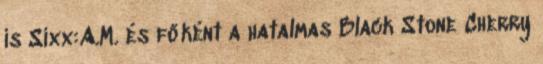
is Sixx:A.M. és főként a hatalmas Black Stone Cherry